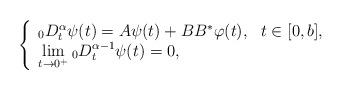
LaTeX: \begin{align*}\left\{\begin{array}{l}_0D^{\alpha}_{t}\psi(t)=A\psi(t)+BB^*\varphi(t), ~~ t\in [0,b],\\ \lim\limits_{t\to 0^+}{}_0D^{\alpha-1}_{t}\psi(t)=0,\end{array}\right.\end{align*}